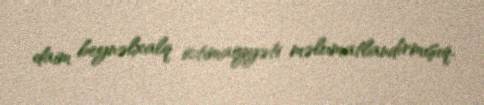
daim beynəlxalq ictimaiyyəti məlumatlandırmışıq.